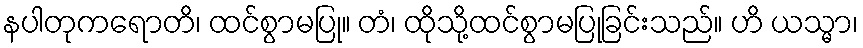
နပါတုကရောတိ၊ ထင်စွာမပြု။ တံ၊ ထိုသို့ထင်စွာမပြုခြင်းသည်။ ဟိ ယသ္မာ၊